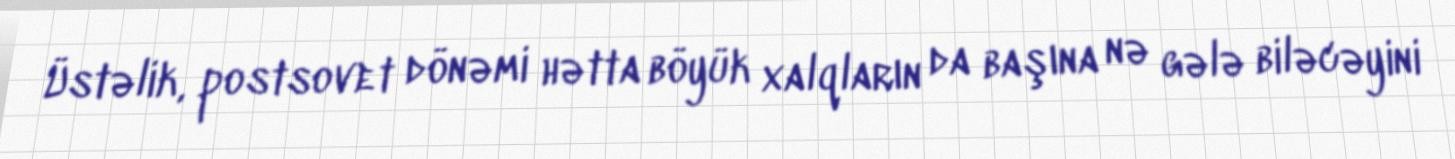
Üstəlik, postsovet dönəmi hətta böyük xalqların da başına nə gələ biləcəyini